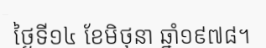
ថ្ងៃទី១៤ ខែមិថុនា ឆ្នាំ១៩៧៨។